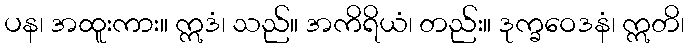
ပန၊ အထူးကား။ ဣဒံ၊ သည်။ အကိရိယံ၊ တည်း။ ဒုက္ခဝေဒနံ၊ ဣတိ၊